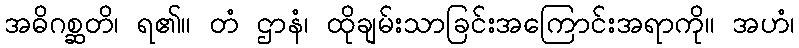
အဓိဂစ္ဆတိ၊ ရ၏။ တံ ဌာနံ၊ ထိုချမ်းသာခြင်းအကြောင်းအရာကို။ အဟံ၊